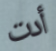
أدت